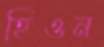
হিওন